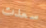
سعدت